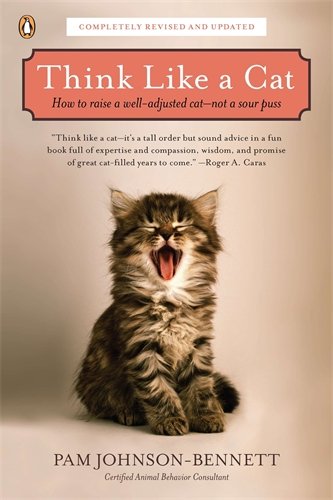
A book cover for Think Like a Cat: How to Raise a Well-Adjusted Cat--Not a Sour Puss; Pam Johnson-Bennett; Crafts, Hobbies & Home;